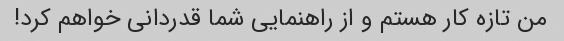
من تازه کار هستم و از راهنمایی شما قدردانی خواهم کرد!